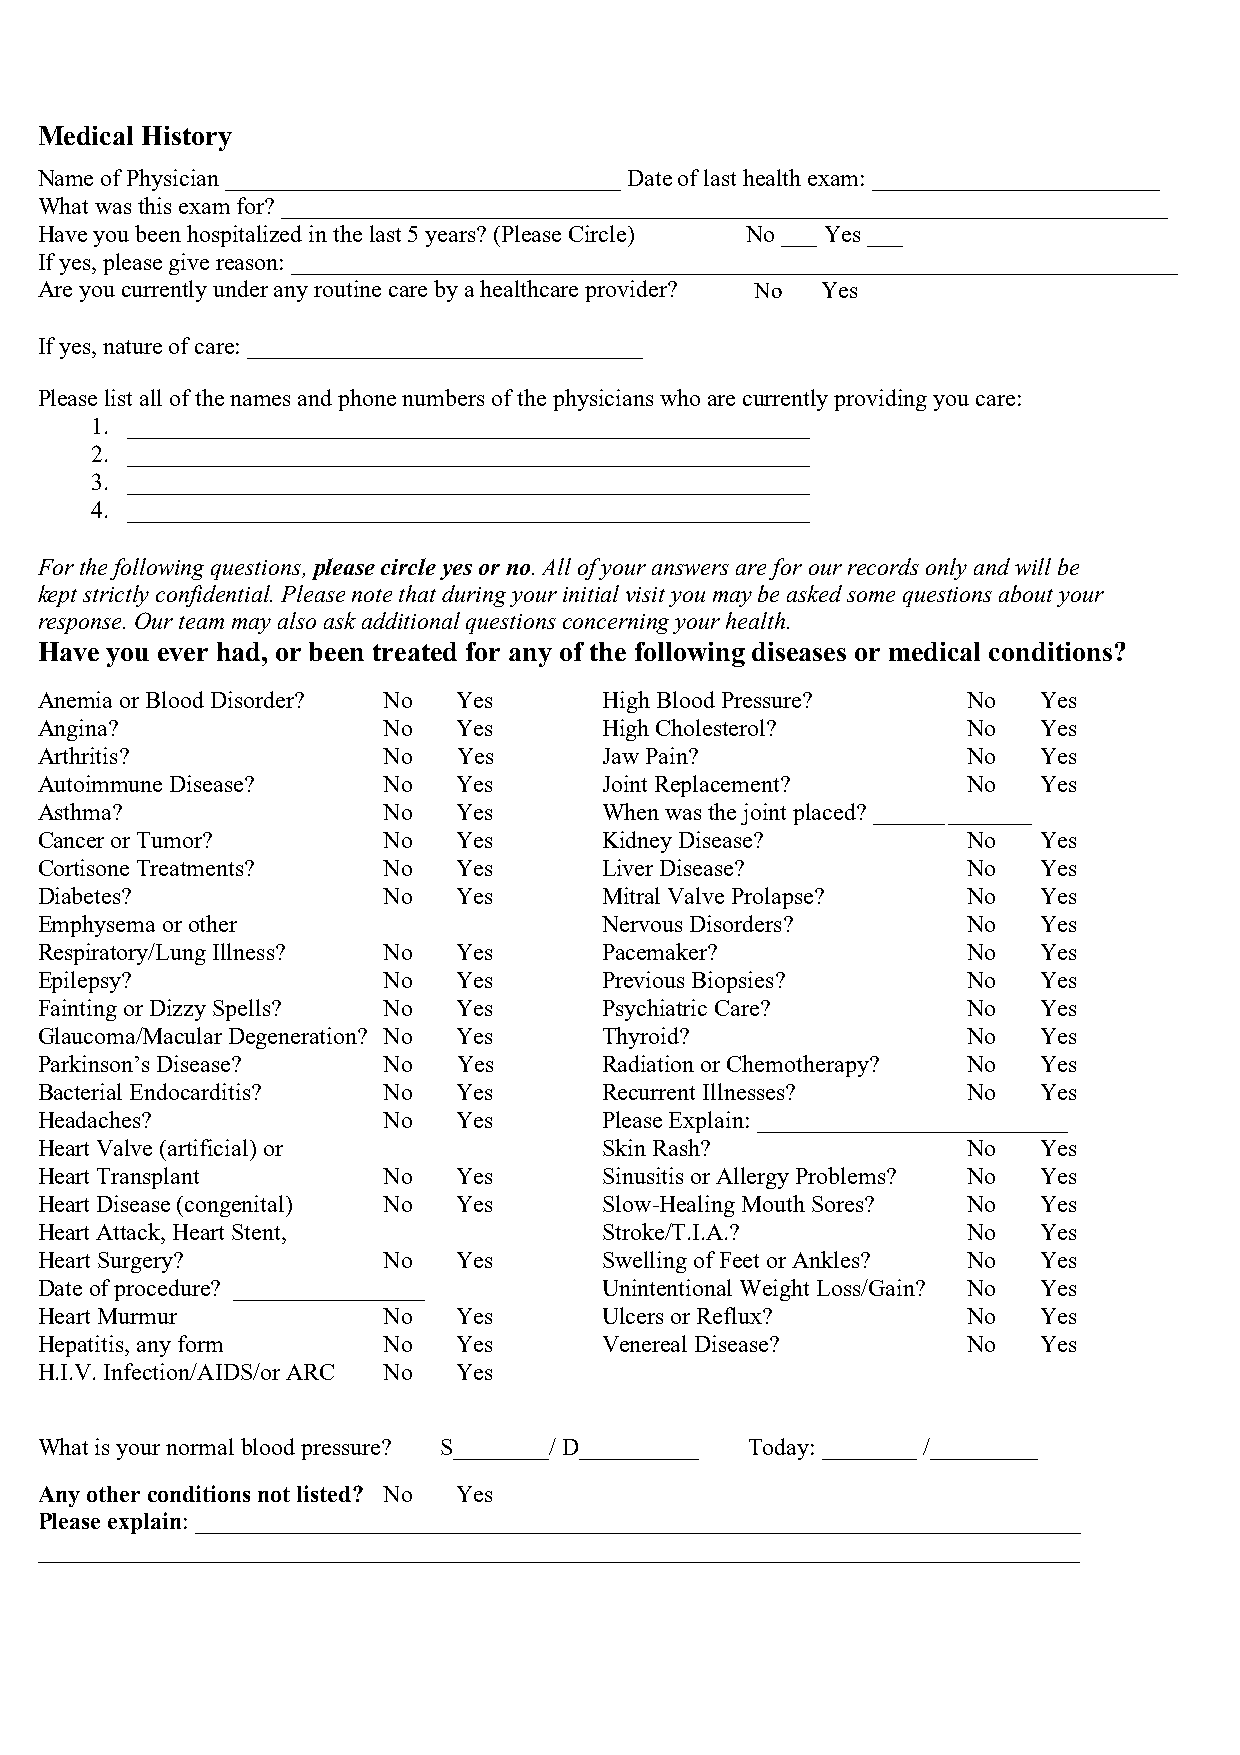
Medical History
 Name of Physician _________________________________ Date of last health exam: ________________________
 What was this exam for? __________________________________________________________________________
 H ave you been hospitalized in the last 5 years? (Please Circle) No ___ Yes ___
 If yes, please give reason: __________________________________________________________________________
 Are you currently under any routine care by a healthcare provider? No Yes
 If yes, nature of care: _________________________________
 Please list all of the names and phone numbers of the physicians who are currently providing you care:
 1. _________________________________________________________
 2. _________________________________________________________
 3. _________________________________________________________
 4. _________________________________________________________
 For the following questions, please circle yes or no. All of your answers are for our records only and will be
 kept strictly confidential. Please note that during your initial visit you may be asked some questions about your
 response. Our team may also ask additional questions concerning your health.
 Have you ever had, or been treated for any of the following diseases or medical conditions?
 Anemia or Blood Disorder? No Yes      High Blood Pressure?    No   Yes
 Angina?                No   Yes       High Cholesterol?       No   Yes
 Arthritis?             No   Yes       Jaw Pain?               No   Yes
 Autoimmune Disease?    No   Yes       Joint Replacement?      No   Yes
 Asthma?                No   Yes       When was the joint placed? ______ _______
 Cancer or Tumor?       No   Yes       Kidney Disease?         No   Yes
 Cortisone Treatments?  No   Yes       Liver Disease?          No   Yes
 Diabetes?              No   Yes       Mitral Valve Prolapse?  No   Yes
 Emphysema or other                    Nervous Disorders?      No   Yes
 Respiratory/Lung Illness? No Yes      Pacemaker?              No   Yes
 Epilepsy?              No   Yes       Previous Biopsies?      No   Yes
 Fainting or Dizzy Spells? No Yes      Psychiatric Care?       No   Yes
 Glaucoma/Macular Degeneration? No Yes Thyroid?                No   Yes
 Parkinson’s Disease?   N o  Yes       Radiation or Chemotherapy? No Yes
 Bacterial Endocarditis? No  Yes       Recurrent Illnesses?    No   Yes
 Headaches?             No   Yes       Please Explain: __________________________
 Heart Valve (artificial) or           Skin Rash?              No   Yes
 Heart Transplant       No   Yes       Sinusitis or Allergy Problems? No Yes
 Heart Disease (congenital) No Yes     Slow-Healing Mouth Sores? No Yes
 Heart Attack, Heart Stent,            Stroke/T.I.A.?          No   Yes
 Heart Surgery?         No   Yes       Swelling of Feet or Ankles? No Yes
 Date of procedure? ____________ ____  Unintentional Weight Loss/Gain? No Yes
 Heart Murmur           No   Yes       Ulcers or Reflux?       No   Yes
 Hepatitis, any form    No   Yes       Venereal Disease?       No   Yes
 H.I.V. Infection/AIDS/or ARC No Yes
 What is your normal blood pressure? S________/ D__________ Today: ________ /_________
 Any other conditions not listed? No Yes
 Please explain: __________________________________________________________________________
 _______________________________________________________________________________________